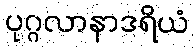
ပုဂ္ဂလာနာဒရိယံ